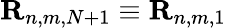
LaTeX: {\mathbf R}_{n,m,N+1}\equiv{\mathbf R}_{n,m,1}